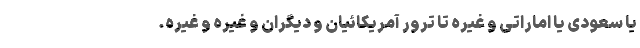
یا سعودی یا اماراتی و غیره تا ترور آمریکائیان و دیگران و غیره و غیره.